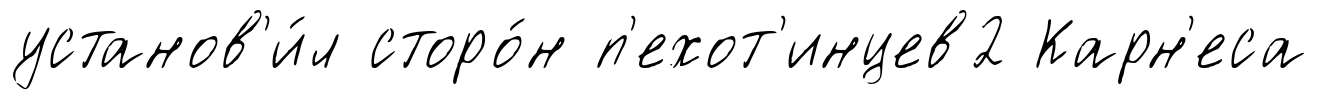
установ'и́л сторо́н п'ехот'инцев2 Карн'еса